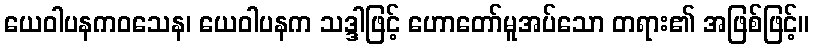
ယေဝါပနကဝသေန၊ ယေဝါပနက သဒ္ဒါဖြင့် ဟောတော်မူအပ်သော တရား၏ အဖြစ်ဖြင့်။